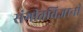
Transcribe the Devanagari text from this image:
संगीतविज्ञानी